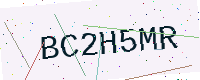
Text: BC2H5MR